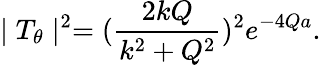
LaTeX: \mid T_{\theta}\mid^{2}=(\frac{2kQ}{k^{2}+Q^{2}})^{2}e^{-4Qa}.